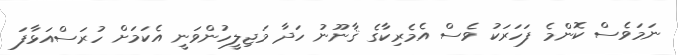
ނަމަވެސް ކޮންމެ ފަހަރަކު ވެސް އެމެރިކާގެ ޤާނޫނު ހަދާ މަޖިލީހުންވަނީ އެކަމަށް ހުރަސްއަޅާފަ